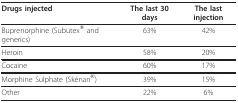
| Drugs injected | The last 30 days | The last injection |
 | --- | --- | --- |
 | Buprenorphine (Subutex® and generics) | 63% | 42% |
 | Heroin | 58% | 20% |
 | Cocaine | 60% | 17% |
 | Morphine Sulphate (Skénan®) | 39% | 15% |
 | Other | 22% | 6% |